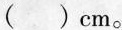
( )cm。